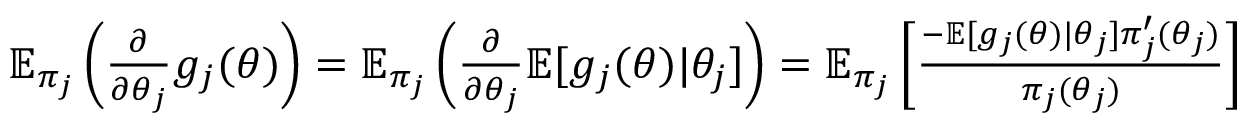
\begin{array} { r } { \mathbb { E } _ { \pi _ { j } } \left( \frac { \partial } { \partial \theta _ { j } } g _ { j } ( { \boldsymbol { \theta } } ) \right) = \mathbb { E } _ { \pi _ { j } } \left( \frac { \partial } { \partial \theta _ { j } } \mathbb { E } [ g _ { j } ( { \boldsymbol { \theta } } ) | \theta _ { j } ] \right) = \mathbb { E } _ { \pi _ { j } } \left[ \frac { - \mathbb { E } [ g _ { j } ( { \boldsymbol { \theta } } ) | \theta _ { j } ] \pi _ { j } ^ { \prime } ( \theta _ { j } ) } { \pi _ { j } ( \theta _ { j } ) } \right] } \end{array}